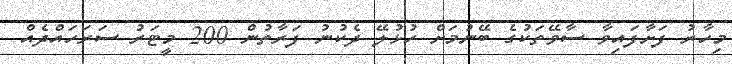
މިހާރު ފަށާފައިވާ ސާވޭތަކުގެ ބޭނުމަށް ހުޅުލޭ ދެކުނު ފަރާތުން 200 މީޓަރު ސަރަހައްދެއް